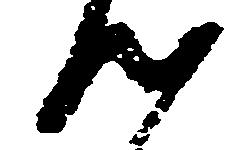
つ